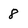
Character: 8